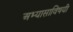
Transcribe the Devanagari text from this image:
अभ्यासाविषयी